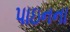
પાઇનના